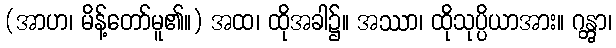
(အာဟ၊ မိန့်တော်မူ၏။) အထ၊ ထိုအခါ၌။ အဿာ၊ ထိုသုပ္ပိယာအား။ ဂန္တွာ၊